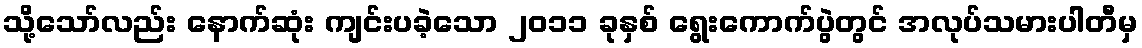
သို့သော်လည်း နောက်ဆုံး ကျင်းပခဲ့သော ၂၀၁၁ ခုနှစ် ရွေးကောက်ပွဲတွင် အလုပ်သမားပါတီမှ